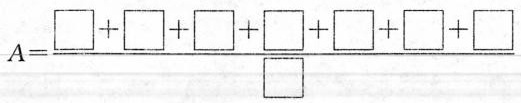
$$A = \frac { \Box + \Box + \Box + \Box + \Box + \Box + \Box } { \Box }$$